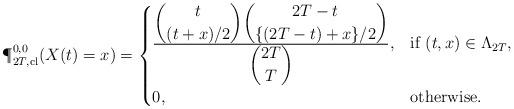
LaTeX: \begin{align*}\P^{0,0}_{2T, {\rm cl}}(X(t)=x)= \begin{cases}\frac{\displaystyle{ \binom{t}{(t+x)/2} \binom{2T-t}{\{(2T-t)+x\}/2}}}{\displaystyle{ \binom{2T}{T}}},& \mbox{if $(t, x) \in \Lambda_{2T}$},\\0, & \mbox{otherwise}.\end{cases}\end{align*}